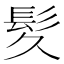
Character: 𫘹